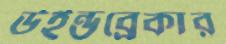
উইন্ডব্রেকার